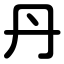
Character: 丹